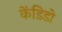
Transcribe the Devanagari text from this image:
केंडिडो